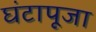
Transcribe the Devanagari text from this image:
घंटापूजा